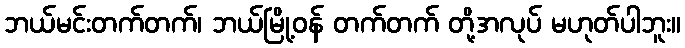
ဘယ်မင်းတက်တက်၊ ဘယ်မြို့ဝန် တက်တက် တို့အလုပ် မဟုတ်ပါဘူး။